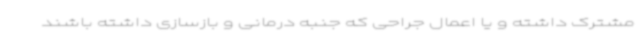
مشترک داشته و یا اعمال جراحی که جنبه‌ درمانی و بازسازی داشته باشند